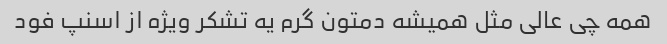
همه چی عالی مثل همیشه دمتون گرم یه تشکر ویژه از اسنپ فود